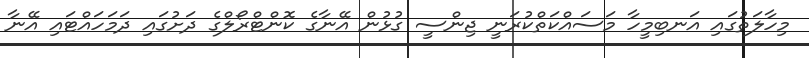
މިހާލަތުގައި އަނބިމީހާ މަސައްކަތްކުރަނީ ޖިންސީ ގުޅުން އޭނާގެ ކޮންޓްރޯލްގެ ދަށުގައި ދަމަހައްޓައި އޭނާ